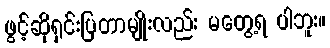
ဖွင့်ဆိုရှင်းပြတာမျိုးလည်း မတွေ့ရ ပါဘူး။